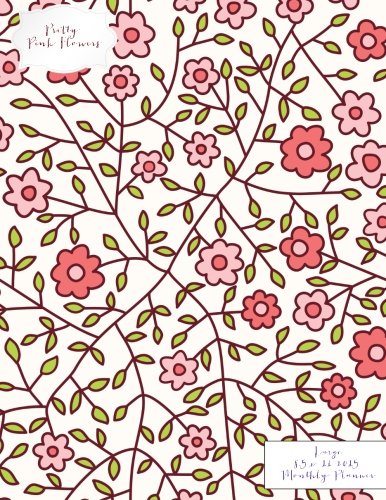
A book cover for Pretty Pink Flowers Large 8.5 x 11 2015 Monthly Planner (2015 Day Planners, Organizers, & Calendars) (Volume 18); Jot Spot Stationary; Calendars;